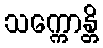
သက္ကောန္တိ